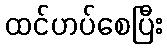
ထင်ဟပ်စေပြီး